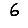
Digit: 6